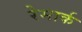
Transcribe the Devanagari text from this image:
रेमार्क